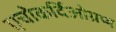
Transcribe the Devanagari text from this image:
एचोकर्दिओग्रप्य